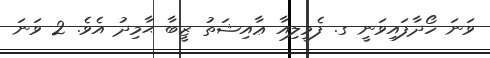
ވަނަ ހޯދާފައިވަނީ ގ. ފެމީލިއާ ޢާއިޝަތު ޒީބާ ޙާމިދު އެވެ. 2 ވަނަ